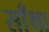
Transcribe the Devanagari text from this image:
साँथा